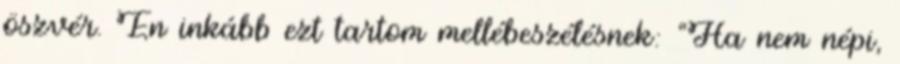
öszvér. Én inkább ezt tartom mellébeszélésnek: “Ha nem népi,